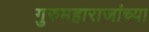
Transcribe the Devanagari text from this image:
गुरुमहाराजांच्या